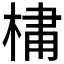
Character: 𪲯